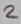
Text: 2